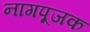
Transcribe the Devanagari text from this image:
नागपूजक